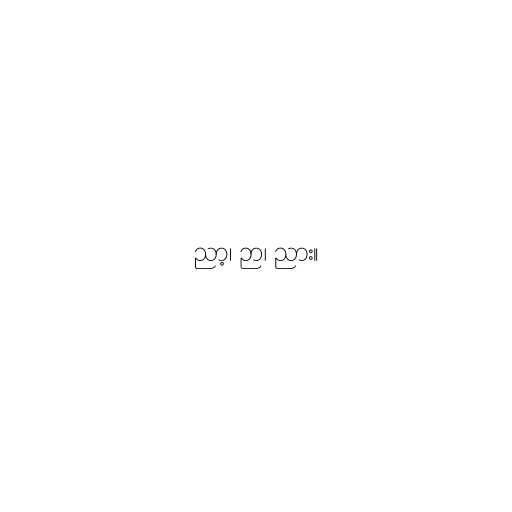
ညာ့၊ ဉာ၊ ညား။